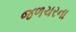
જળચરના